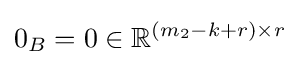
0_{B}=0\in \mathbb {R} ^{(m_{2}-k+r)\times r}